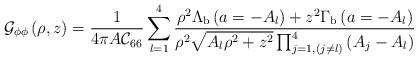
LaTeX: \begin{align*}{\cal G}_{\phi \phi}\left(\rho,z\right)={\displaystyle\frac{1}{4\pi A{\cal C}_{66}}\sum_{l=1}^{4}{\frac{\rho^2\Lambda_{\rm b}\left(a=-A_l\right)+z^2\Gamma_{\rm b}\left(a=-A_l\right)}{\rho^2\sqrt{A_l\rho^2+z^2}\prod_{j=1,(j\neq l)}^{4}{\left(A_j-A_l\right)}}}}\end{align*}